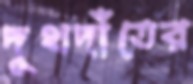
দুধদাঁতের